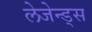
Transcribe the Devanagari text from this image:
लेजेन्ड्स